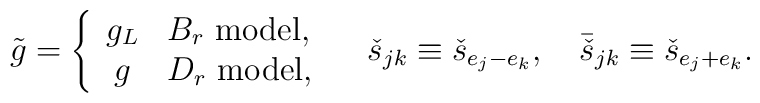
\tilde{g}=\left\{   \begin{array}{cl}      g_L&B_r\ \mbox{model},\\      g&D_r\ \mbox{model},   \end{array}   \right.   \quad   \check{s}_{jk}\equiv\check{s}_{e_j-e_k},   \quad   \bar{\check{s}}_{jk}\equiv\check{s}_{e_j+e_k}.